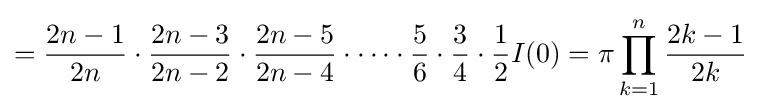
={\frac {2n-1}{2n}}\cdot {\frac {2n-3}{2n-2}}\cdot {\frac {2n-5}{2n-4}}\cdot \cdots \cdot {\frac {5}{6}}\cdot {\frac {3}{4}}\cdot {\frac {1}{2}}I(0)=\pi \prod _{k=1}^{n}{\frac {2k-1}{2k}}